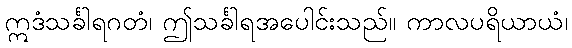
ဣဒံသင်္ခါရဂတံ၊ ဤသင်္ခါရအပေါင်းသည်။ ကာလပရိယာယံ၊